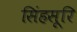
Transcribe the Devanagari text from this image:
सिंहसूरि